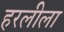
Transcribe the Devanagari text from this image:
हरलीला